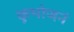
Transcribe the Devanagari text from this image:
कुभोजनं